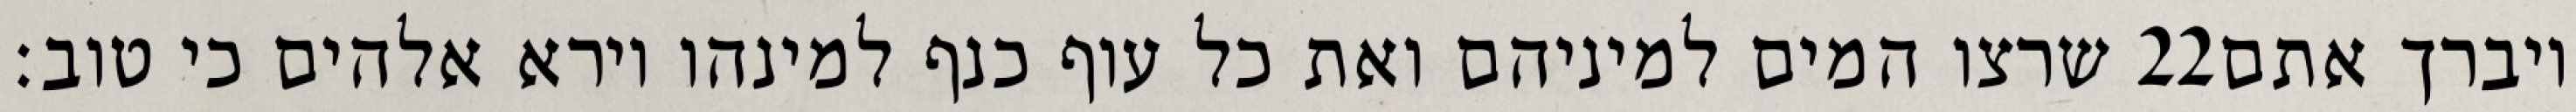
שרצו המים למיניהם ואת כל עוף כנף למינהו וירא אלהים כי טוב׃ ‎22‏ ויברך אתם